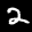
Label: 2